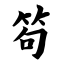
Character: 笱